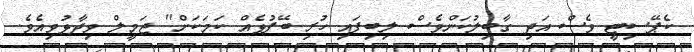
ކެޕޭސިޓީ ވެސް އަދި ގާބިލުކަންވެސް ލިބިފައި ހުރި ބޭފުޅެއް ކަމަކަށް" ޖަމީލް ވިދާޅުވިއެވެ.